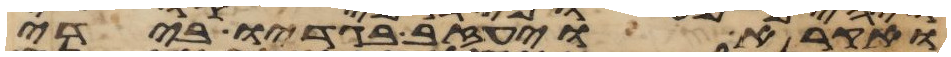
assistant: ואקרא ויעזב בגדיו בידי